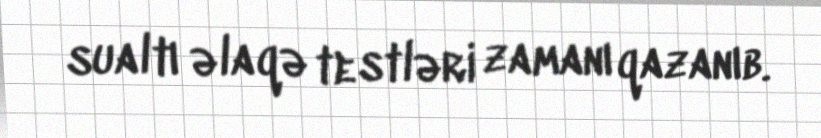
sualtı əlaqə testləri zamanı qazanıb.